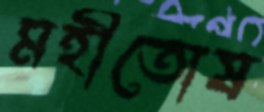
মহীতোষ